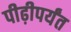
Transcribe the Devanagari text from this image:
पीढ़ीपर्यंत